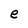
Character: e